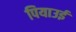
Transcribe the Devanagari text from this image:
पियाउई